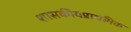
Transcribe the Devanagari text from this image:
शासकीयप्राथमिक